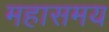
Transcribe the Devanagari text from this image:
महासमय